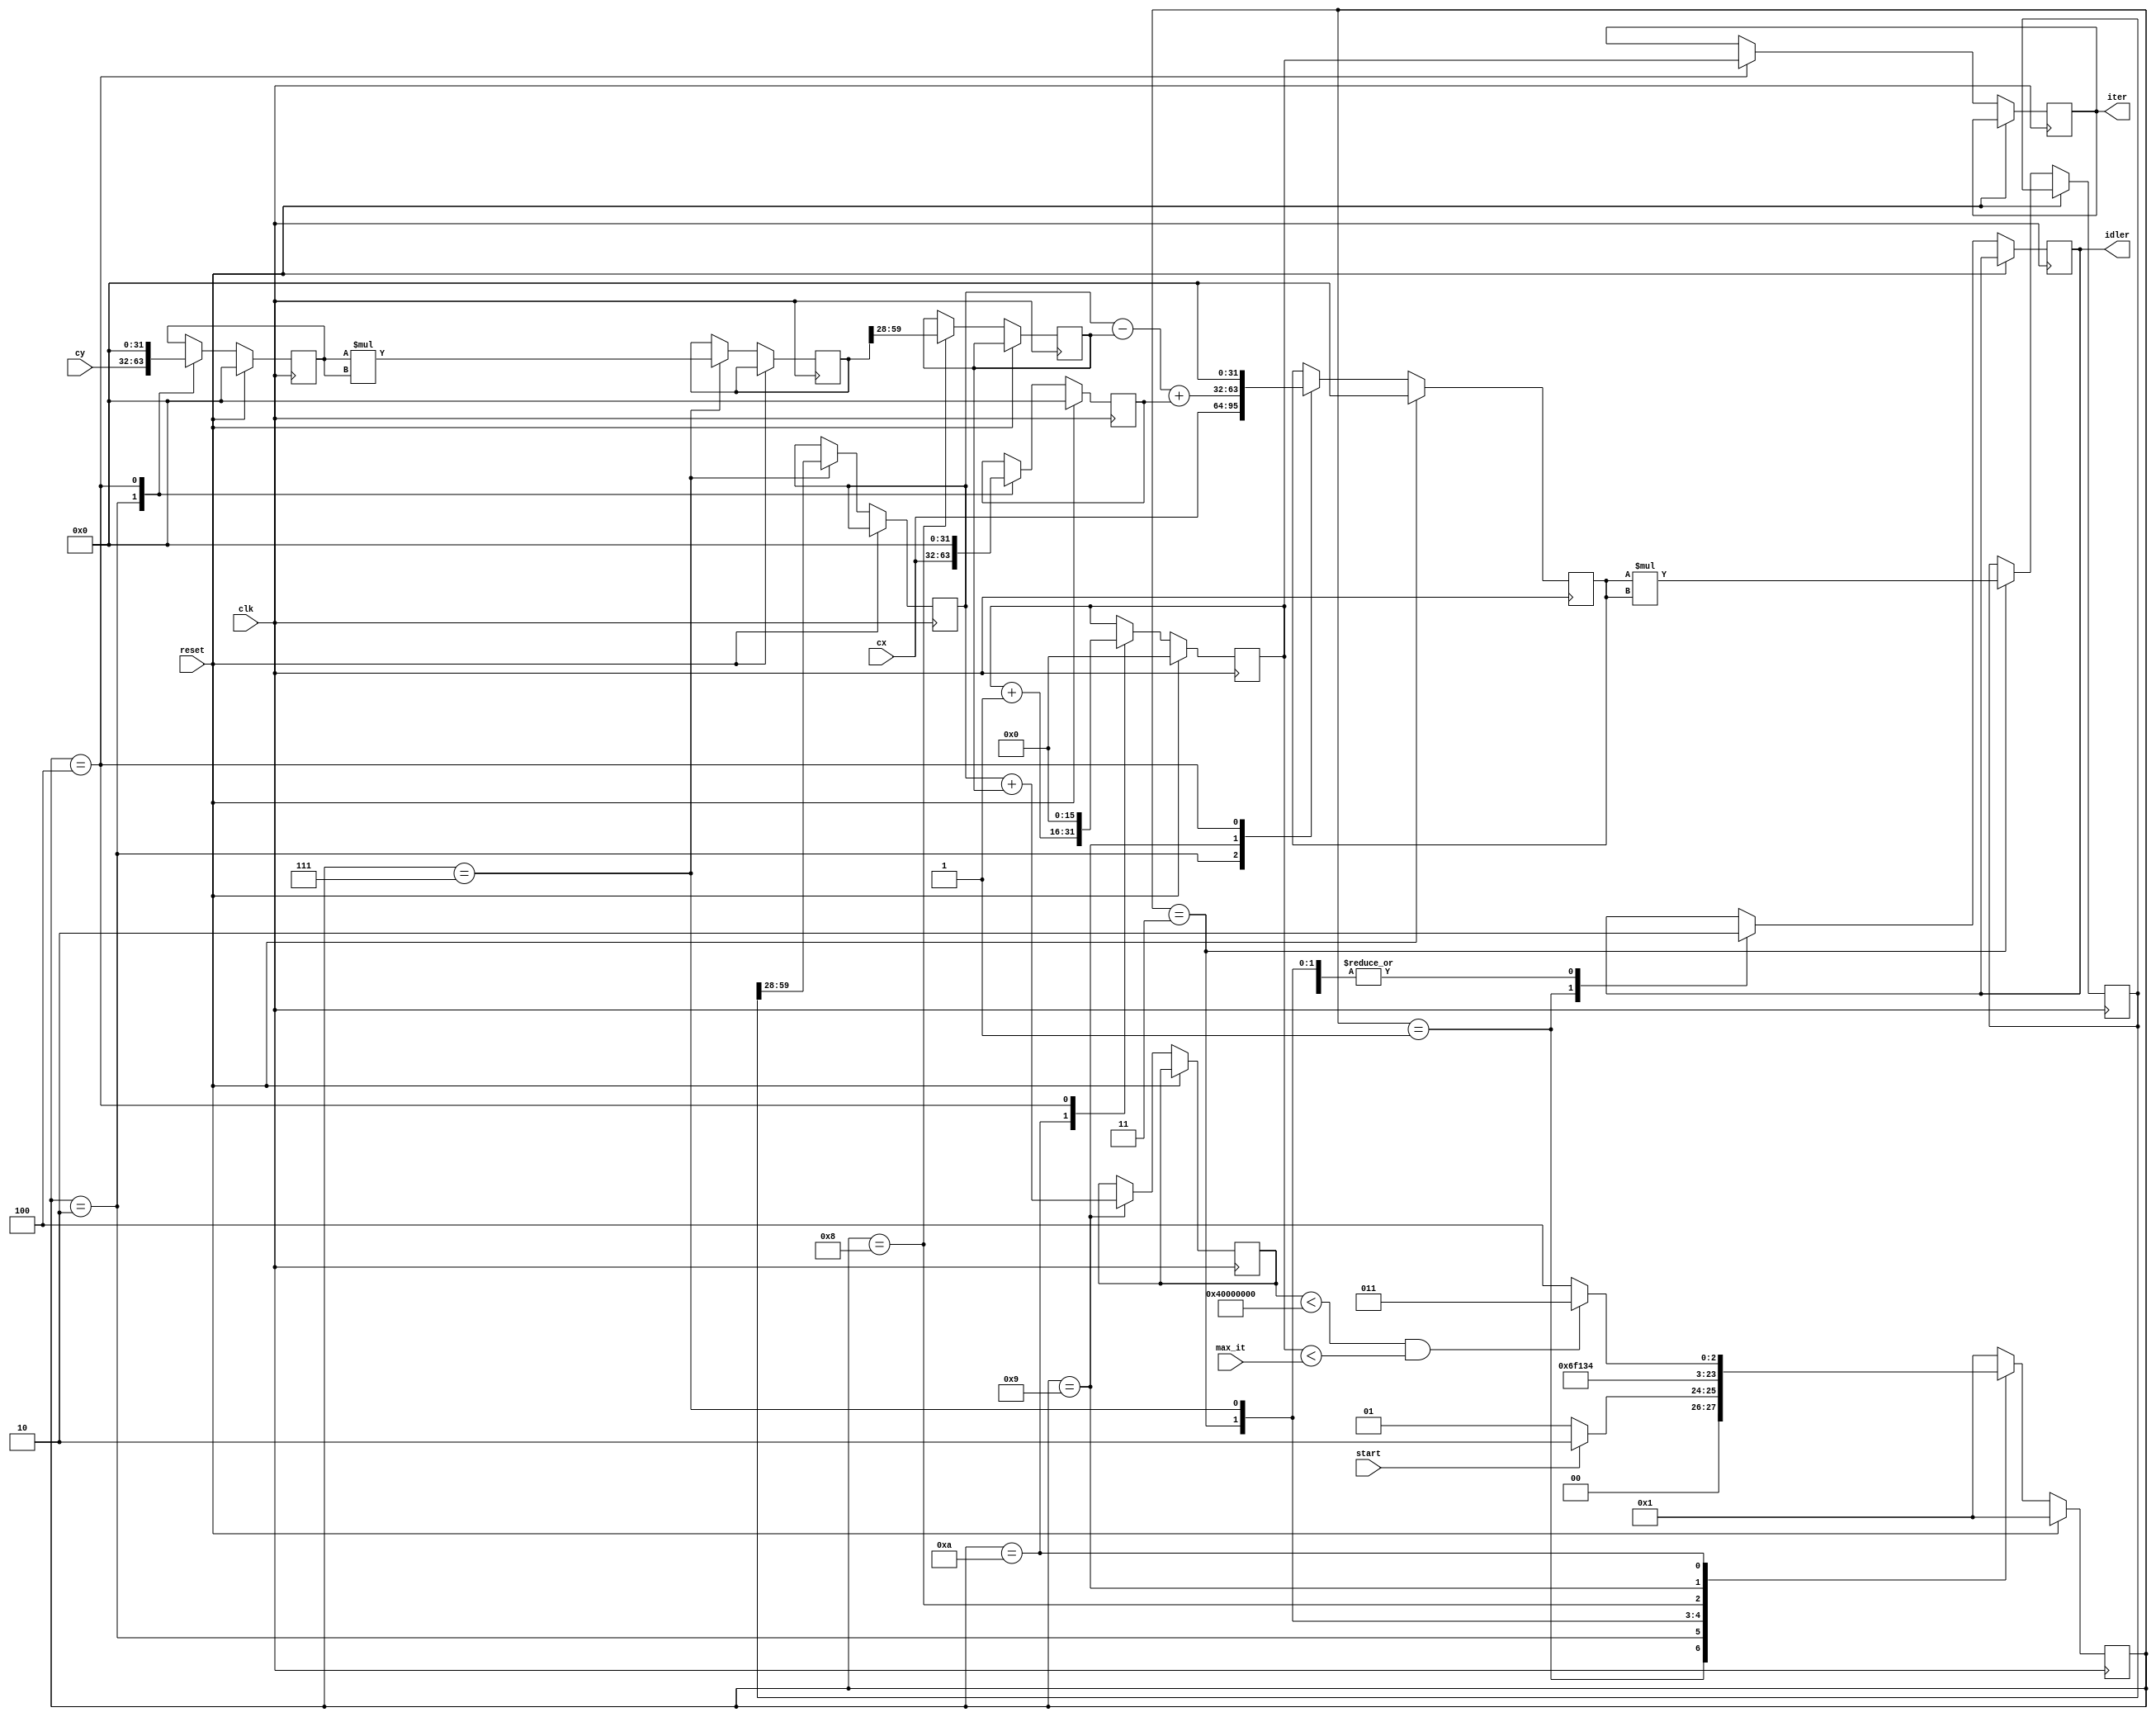
module Mandelbrot
    #(
        parameter W= 32, // width (# bits) of Qm. 
        parameter M= 4 // # of bits in m
    )
    (
        input wire clk, reset ,
        input wire start,
        input wire [W-1:0] cx, cy,
        input wire [15:0] max_it,
        output reg [15:0] iter,
        output reg idler
		  
    );

    // constant declaration
     localparam F = W - M; // # of bits in fraction

    // symbolic state declaration

    localparam [3:0] idle=4'b0001;
      localparam [3:0] load_data=4'b0010;
		localparam [3:0]  operation1= 4'b0011;
		localparam [3:0]  finish= 4'b0100;
		 localparam [3:0] resetea=   4'b0101;
		 localparam [3:0] finaliza=   4'b0110;
		 
		 localparam [3:0]  operation2= 4'b0111;
		 localparam [3:0]  operation3= 4'b1000;
		 localparam [3:0]  operation4= 4'b1001;
		 localparam [3:0]  operation5= 4'b1010;

		 
		  
		  
		  

    // signal declaration
    reg [3:0] state_reg, state_next;
    reg [15:0] it_reg , it_next;
    reg signed [2*W-1:0] xx_raw, yy_raw, xy_raw;
    reg signed [W-1:0] xx, yy, xy2;
    reg signed [W-1:0] x_reg, x_next, y_reg, y_next;
    reg signed [W-1:0] cx_reg, cx_next, cy_reg, cy_next;
	 wire	reset1;
    wire escape;
    reg frac_ready_i, frac_done;
	 reg reset_reg;
	 reg [31:0] suma;

     // body
    // FSMD state-data registers
    always@(posedge clk)
    begin
        if (reset)
            begin
                    state_reg <= idle;
                    it_reg <= 0;
                    x_reg <= 0;
                    y_reg <= 0;
                    cx_reg <= 0;
                    cy_reg <=0;
              end
        else
				begin
					case (state_reg[3:0])
					
					idle:											
							begin
							
							idler<=1'b1;
							
							if(start==1'b0)
								begin
									state_reg<=idle;
								end
							else
								begin								
									state_reg<=load_data;
								end
								
							end
							
					load_data:
							begin
							
							idler<=1'b0;
							
							x_reg<=cx; //x = cx;
							y_reg<=cy; //y = cy;				
							
							cx_reg<=cx; // nunca se modifican
							cy_reg<=cy; // nunca se modifican
							
							state_reg<=operation1; 
													
							end
					operation1: 
							begin
								state_reg<=operation2;  //while
								idler<=1'b0;
								xx_raw <= x_reg * x_reg; //   xx_raw= (fixed856)(x) * (fixed856)(x);	
							end
						
					operation2:
							begin
								state_reg<=operation3;  //while
								idler<=1'b0;
								xx<= xx_raw[2*W-1:28] ; //  xx = (fixed428)(xx_raw >> 28);
								yy_raw <= y_reg * y_reg; //   yy_raw = (fixed856)(y) * (fixed856)(y);
							end
					operation3:
							begin
								state_reg<=operation4;  //while
								idler<=1'b0;
								yy <=  yy_raw >> 28; //    yy = (fixed428)(yy_raw >> 28);
								xy_raw <= x_reg * y_reg; //  xy_raw=(fixed856)(x) * (fixed856)(y);
							end
					operation4:
							begin
							
								state_reg<=operation5;  //while
								idler<=1'b0;
								
								xy2 <= xy_raw >> 27 ; // xy2 = (fixed428)(xy_raw>>27); // 2* is same as 1															
							  x_reg<= xx-yy+ cx_reg;    //   x = xx - yy + cx; 
							  
							  suma<= xx+yy;
							  
							  end
		
					operation5:
							begin
							  y_next<=  xy2+cy_reg;  //     y =  xy2 + cy;
							  it_reg<=  it_reg +1;  //     itr++;
							  
							  if((suma<32'h40000000) && ( it_reg <  max_it )) //while (((xx+yy)<0x40000000) && ( itr < max_itr ) ) ;
								begin
								state_reg<=operation1;  //while
																		
								end
								else
								state_reg<=finish;
							
								
							end
			
					finish:
						 begin
						  idler<=0;
						  it_reg <= 0;
                    x_reg <= 0;
                    y_reg <= 0;
                    cx_reg <= 0;
                    cy_reg <=0;
						  iter<=it_reg; //return(itr);
						  state_reg<=idle;
						  end
						  
					default:
						begin
							state_reg<=idle;
						end
			endcase
			
			end
		end
		
		

			
endmodule
								
							
					
						
					
						
//					
//					
//					
//								
//							
//								
//								
//							
//								
//					
//							 
//					
//		  
//            begin
//                    state_reg<= state_next;
//                    it_reg <= it_next;
//                    x_reg <= x_next;
//                    y_reg <= y_next;
//                    cx_reg<= cx_next;
//                    cy_reg<=cy_next;
//            end
//        end
//
//     // fixed-point  multiplications
//
//        assign xx_raw = x_reg * x_reg; // in Q2m.2f
//        assign xx= xx_raw [(2*W-1)-M:F]; // back to Qm.f
//        assign yy_raw = y_reg * y_reg; // in Q2m.2f
//        assign yy =  yy_raw [(2*W-1)-M:F]; // back to Qm.f
//        assign xy_raw = x_reg * y_reg; // xy in Q2m.2f
//        assign xy2=xy_raw[(2*W-1)-M-1:F-1] ; // 2xy in Qm. f
//
//        // escape condition
//
//        assign escape = (xx+yy > 32'h40000000);
//
//        //FSMD next-state logic
//
//       always @*
//        begin
//                state_next = state_reg;
//                it_next = it_reg;
//                x_next = x_reg;
//                y_next = y_reg;
//    cx_next = cx_reg;
//    cy_next = cy_reg;
//    frac_ready_i = 1'b0;
//    frac_done = 1'b0;
//    case (state_reg)
//        idle:
//            begin
//                    frac_ready_i = 1'b1;
//                    if (frac_start)
//                        begin
//                               x_next = cx;
//                                            y_next = cy;
//                                            cx_next =cx;
//                                            cy_next = cy;
//                                             it_next =0;
//                                            state_next = op;
//                                        end
//                                end
//                        
//                       op:
//
//                            begin
//                                   x_next= xx-yy+cx_reg;            
//                                   y_next=  xy2+cy_reg;
//                                   it_next=  it_reg +1;
//        
//                                    if (escape | (it_next==max_it))
//                                        begin    
//                                             state_next=idle;
//                                             frac_done= 1'b1;
//                                        end
//                               end
//                      endcase
//
//                    end
//
//
//               // output assignment
//                    assign iter=  it_reg;
//                    assign frac_done_tick = frac_done ;
//                    assign frac_ready =  frac_ready_i ;
//
//endmodule